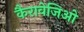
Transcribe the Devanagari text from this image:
कैरावेजिओ